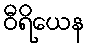
ဝီရိယေန